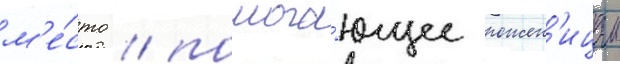
м'е́сто / помога́ющее рожен'ицам